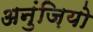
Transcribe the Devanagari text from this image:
अनुंज़ियो